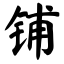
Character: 铺